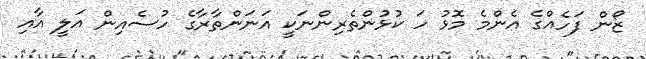
ޒޯން ފަހެއްގެ އެންމެ މޮޅު ހަ ކުޅުންތެރިންނަކީ އަނަންތާރާގެ ހުސެއިން އަލީ އާއި